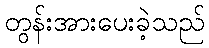
တွန်းအားပေးခဲ့သည်